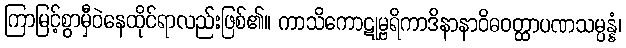
ကြာမြင့်စွာမှီဝဲနေထိုင်ရာလည်းဖြစ်၏။ ကာသိကောဋုမ္ဗရိကာဒိနာနာဝိဓဝတ္ထာပဏသမ္ပန္နံ၊